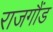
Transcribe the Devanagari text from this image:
राजगौंड